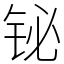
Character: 铋